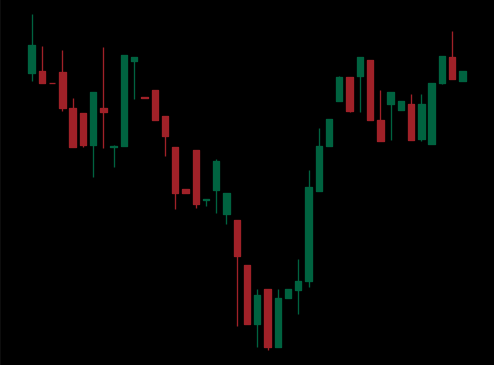
Pattern: inverse_head_shoulders